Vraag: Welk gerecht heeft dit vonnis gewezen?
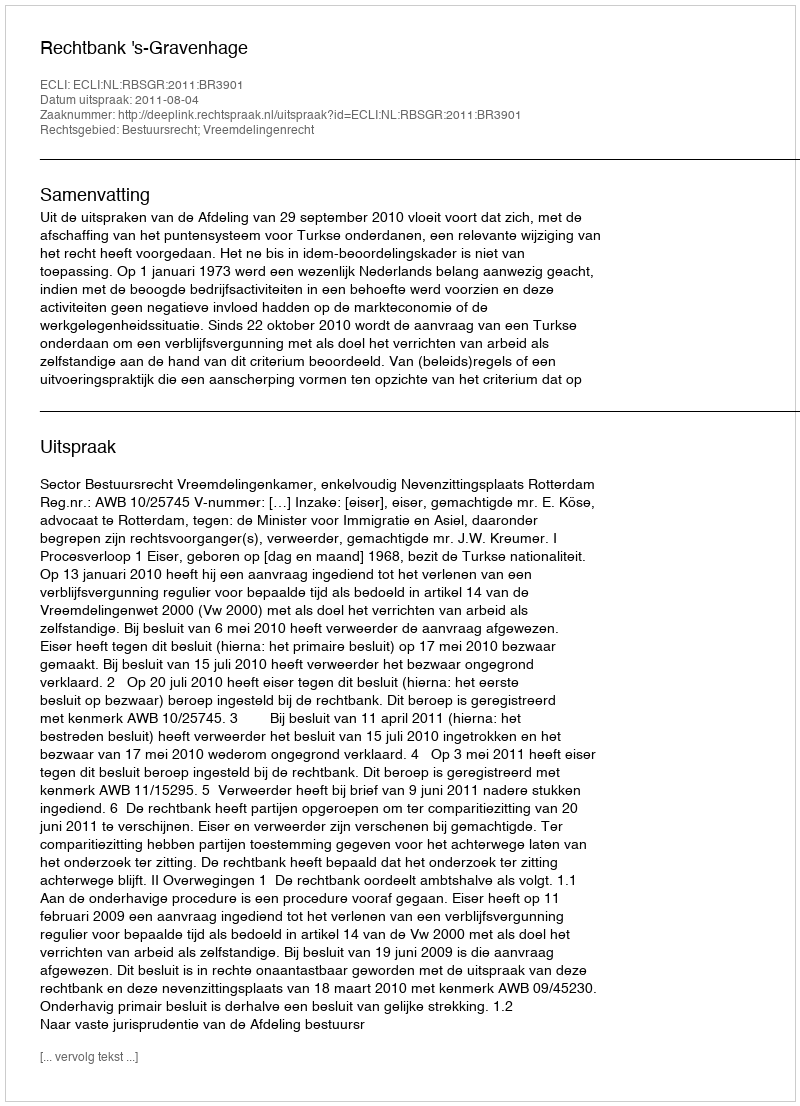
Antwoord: Rechtbank 's-Gravenhage